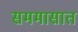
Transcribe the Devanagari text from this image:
सममासात